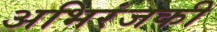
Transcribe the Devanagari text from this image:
अभिरंजकी